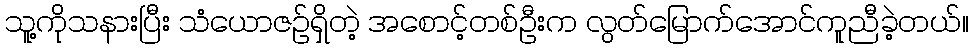
သူ့ကိုသနားပြီး သံယောဇဉ်ရှိတဲ့ အစောင့်တစ်ဦးက လွတ်မြောက်အောင်ကူညီခဲ့တယ်။